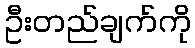
ဦးတည်ချက်ကို